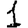
Digit: 1